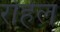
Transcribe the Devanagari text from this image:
रोहेल